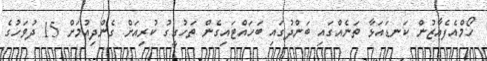
ހޯމްއެފެއާޒުން ކަނޑައަޅާ ތަނެއްގައި ބަންދުގައި ބަހައްޓައިގެން ތަހުގީގު ކުރިއަށް ގެންދިއުމަށް 15 ދުވަހުގެ